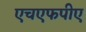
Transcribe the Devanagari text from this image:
एचएफपीए